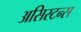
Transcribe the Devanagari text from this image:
असिस्टन्स